Annual report of the Punjab Veterinary College and of the Civil Veterinary Department, Punjab - 1926-1932
Year: 1926
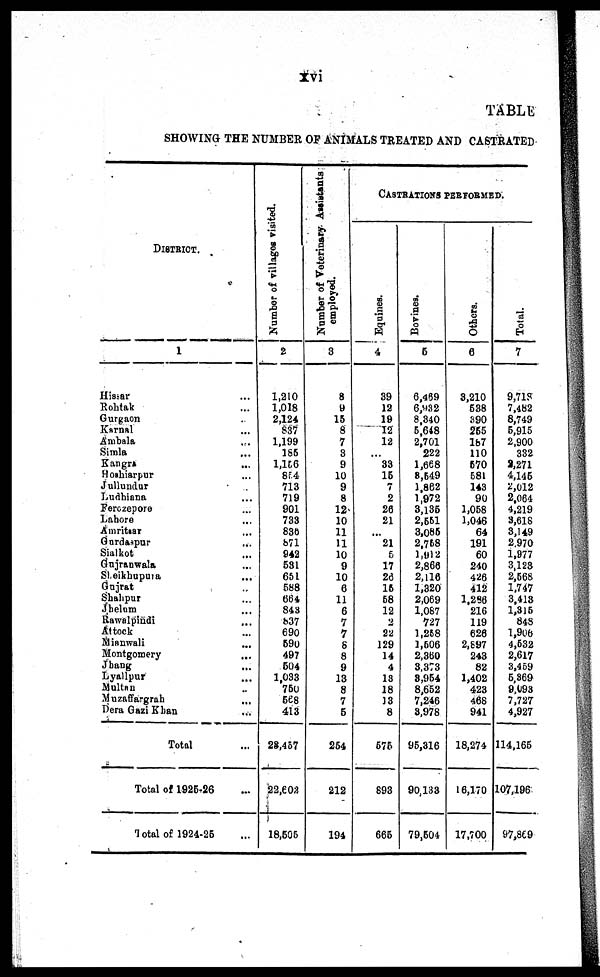
xvi
TABLE
SHOWING THE NUMBER OF ANIMALS TREATED AND CASTRATED
DISTRICT.
1
Hissar ...
Rohtak ...
Gurgaon ...
Karnal ...
Ambala ...
Simla ...
Kangra ...
Hoshiarpur ...
Jullundur .
Ludhiana ...
Ferozepore ...
Lahore ...
Amritsar ...
Gurdaspur ...
Sialkot ...
Gujranwala ...
Sheikhupura ...
Gujrat ..
Shahpur ...
Jhelum ...
Rawalpindi ...
Attock ...
Mianwali ...
Montgomery ...
Jhang ...
Lyallpur ...
Multan ..
Muzaffargrah ...
Dera Gazi Khan ...
Total ...
Total of 1925-26 ...
Total of 1924-25 ...
Number of villages visited.
2
1,210
1,018
2,124
837
1,199
166
1,156
854
713
719
901
733
836
871
942
531
651
588
664
843
837
690
590
497
504
1,033
750
568
413
28,457
22,602
18,506
Number of Veterinary Assistants
employed.
3
8
9
15
8
7
3
9
10
9
8
12
10
11
11
10
9
10
6
11
6
7
7
8
8
9
13
8
7
5
264
212
194
CASTRATIONS PERFORMED.
Equines.
4
39
12
19
12
12
...
33
15
7
2
26
21
...
21
5
17
26
16
68
12
2
22
129
14
4
18
18
13
8
575
893
665
Bovines.
5
6,489
6,932
8,340
5,648
2,701
222
1,668
8,549
1,862
1,972
3,135
2,551
3,085
2,758
1,912
2,866
2,116
1,320
2,069
1,087
727
1,258
1,606
2,360
3,373
3,964
8,652
7,246
8,978
95,316
90,133
79,504
Others.
6
3,210
538
390
255
187
110
570
581
143
90
1,058
1,046
64
191
60
240
426
412
1,286
216
119
626
2,897
243
82
1,402
423
468
941
18,274
16,170
17,700
Total.
7
9,718
7,482
8,749
5,915
2,900
332
2,271
4,146
2,012
2,064
4,219
3,618
3,149
2.970
1,977
3,123
2,568
1,747
3,413
1,316
848
1,906
4,632
2,617
3,459
6,869
9,093
7,727
4,927
114,166
107,196
97,869